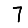
Digit: 7